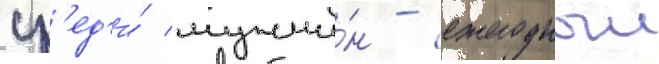
ср'ед'и́ мужчи́н - ежегодныи